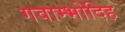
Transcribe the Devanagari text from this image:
गवाम्भोदिह